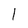
Character: 1